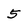
Character: 5